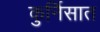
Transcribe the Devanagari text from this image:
कुर्निसात